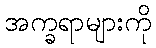
အက္ခရာများကို